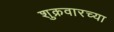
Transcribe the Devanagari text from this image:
शुक्रवारच्या